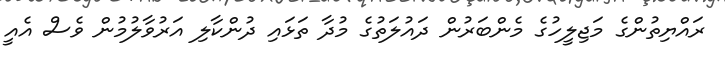
ރައްޔިތުންގެ މަޖިލީހުގެ މެންބަރުން ދައުލަތުގެ މުދާ ތަޅައި ދުންކާލި އަރުވާލުމުން ވެސް އެއީ